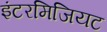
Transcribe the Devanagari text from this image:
इंटरमिजियट